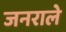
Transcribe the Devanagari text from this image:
जनराले